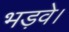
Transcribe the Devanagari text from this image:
भड़वे।